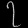
Digit: ၇